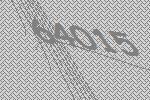
64015